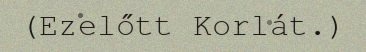
(Ezelőtt Korlát.)